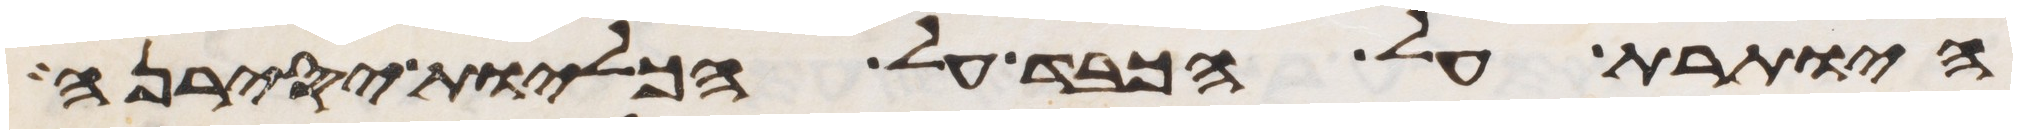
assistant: היותרת על הכבד על הכליות יסירנה